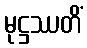
မုဋ္ဌဿတိံ